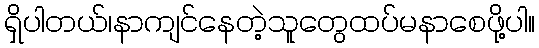
ရှိပါတယ်၊နာကျင်နေတဲ့သူတွေထပ်မနာစေဖို့ပါ။